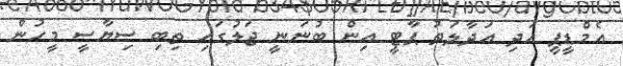
އެމްޑީޕީ އަދި އަދާލަތު ޕާޓީ އިން ބުނަނީ ޖަލުގައި ތިބި ސިޔާސީ މީހުން